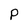
Character: P